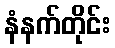
နံနက်တိုင်း